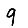
Digit: 9